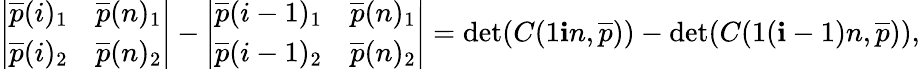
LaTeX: \left|\begin{array}{ll}{\overline{{p}}(i)_{1}}&{\overline{{p}}(n)_{1}}\\ {\overline{{p}}(i)_{2}}&{\overline{{p}}(n)_{2}}\end{array}\right|-\left|\begin{array}{ll}{\overline{{p}}(i-1)_{1}}&{\overline{{p}}(n)_{1}}\\ {\overline{{p}}(i-1)_{2}}&{\overline{{p}}(n)_{2}}\end{array}\right|=\operatorname*{det}(C(1\mathbf{i}n,\overline{{{p}}}))-\operatorname*{det}(C(1(\mathbf{i}-1)n,\overline{{{p}}})),